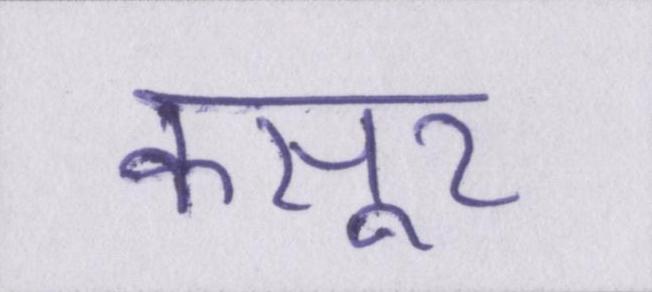
कसूर